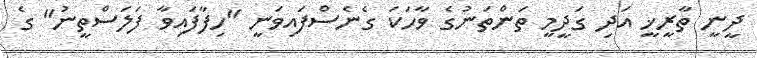
ދީނީ ތާރީޚީ އަދި ގަދީމީ ތަންތަނުގެ ވާހަކަ ގެނެސްފައިވަނީ "ހިފާފައިވާ ފަލަސްތީނު" ގެ